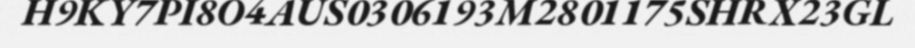
H9KY7PI8O4AUS0306193M2801175SHRX23GL